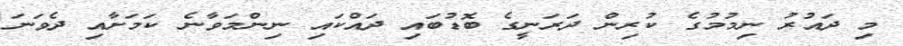
މި ދައުރު ނިމުމުގެ ކުރިން ދަރަނީގެ ބޮޑުބައި ދައްކައި ނިންމަވާނެ ކަމަށާއި ދެވަނަ